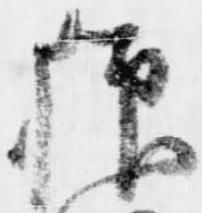
狼